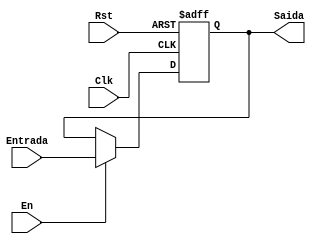
//Registro Simples de 32 bits
module Register(Saida,Entrada,Clk,En,Rst);

	output reg[31:0] Saida;
	input[31:0] Entrada;
	input Clk, En, Rst;
	
	always @(posedge Clk or posedge Rst)begin//Talvez precise trocar o reset pra sincrono dependendo da FPGA escolhida
		if(Rst)begin
			Saida <= 32'd0;
		end
		else begin
			if(En)begin
				Saida <= Entrada;
			end
			else begin
				Saida <= Saida;
			end 
		end
	end

endmodule
//